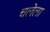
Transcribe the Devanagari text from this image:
चलेला